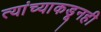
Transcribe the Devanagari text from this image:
त्यांच्याकडूनही